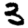
Digit: 3